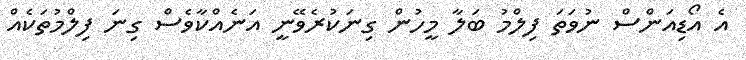
އެ އޯޑިއަންސް ނުވަތަ ފިލްމު ބަލާ މީހުން ގިނަކުރެވޭނީ އަނެއްކާވެސް ގިނަ ފިލްމުތަކެއް